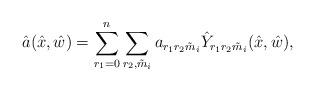
LaTeX: \begin{align*}\hat{a}(\hat{x},\hat{w})=\sum_{r_{1}=0}^{n}\sum_{r_{2},\tilde{m}_{i}} a_{r_{1}r_{2}\tilde{m}_{i}}\hat{Y}_{r_{1}r_{2}\tilde{m}_{i}}(\hat{x},\hat{w}),\end{align*}